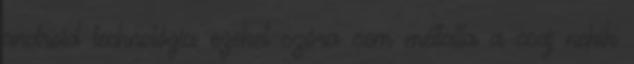
android technológia ezeket szóra sem méltatta a csaj nekik